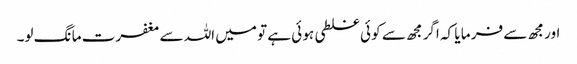
اور مجھ سے فر ما یا کہ اگر مجھ سے کو ئی غلطی ہو ئی ہے تو میں اللہ سے مغفرت ما نگ لو۔